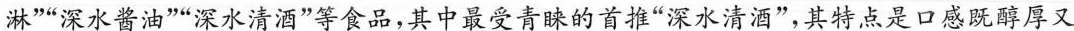
淋””深水酱油””深水清酒”等食品，其中最受青睐的首推”深水清酒”，其特点是口感既醇厚又